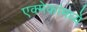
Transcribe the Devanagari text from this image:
एक्मेकांमध्ये